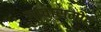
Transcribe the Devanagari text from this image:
गावासमोर